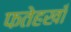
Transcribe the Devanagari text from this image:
फतेहखाँ